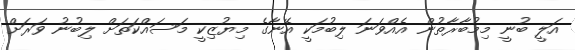
އަލީ ބުނީ މިމުބާރާތުން އެއްވަނަ ލިބުމަކީ އޭނާގެ މިޔުޒިކީ މަސައްކަތަށް ލިބުނު ވަރަށް